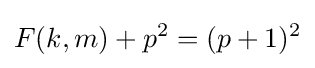
F(k,m)+p^{2}=(p+1)^{2}